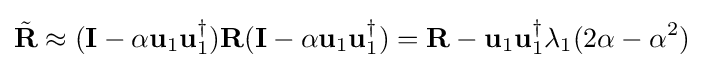
{\tilde {\mathbf {R} }}\approx (\mathbf {I} -\alpha \mathbf {u} _{1}\mathbf {u} _{1}^{\dagger })\mathbf {R} (\mathbf {I} -\alpha \mathbf {u} _{1}\mathbf {u} _{1}^{\dagger })=\mathbf {R} -\mathbf {u} _{1}\mathbf {u} _{1}^{\dagger }\lambda _{1}(2\alpha -\alpha ^{2})